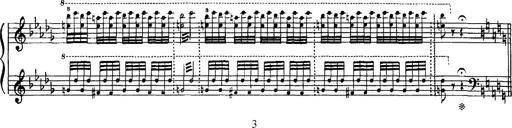
Title: Hungarian Rhapsody No.16
Composer: Franz Liszt
Key: A minor